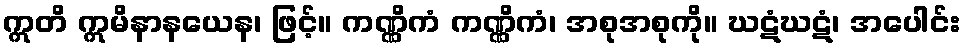
ဣတိ ဣမိနာနယေန၊ ဖြင့်။ ကဏ္ဏိကံ ကဏ္ဏိကံ၊ အစုအစုကို။ ဃဋံဃဋံ၊ အပေါင်း